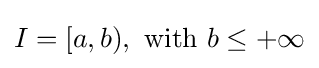
I=[a,b),{\text{ with }}b\leq +\infty